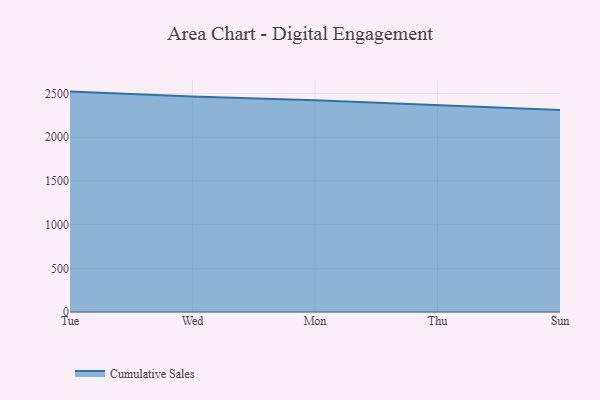
{"axis": {"x": "Day", "y": "Budget (USD K)"}, "legend": ["Cumulative Sales"], "data": [{"x": "Tue", "y": 2521.9, "type": "Cumulative Sales"}, {"x": "Wed", "y": 2466.1, "type": "Cumulative Sales"}, {"x": "Mon", "y": 2421.7, "type": "Cumulative Sales"}, {"x": "Thu", "y": 2365.1, "type": "Cumulative Sales"}, {"x": "Sun", "y": 2312.2, "type": "Cumulative Sales"}]}